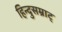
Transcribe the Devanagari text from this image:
हिन्दुसम्राट्